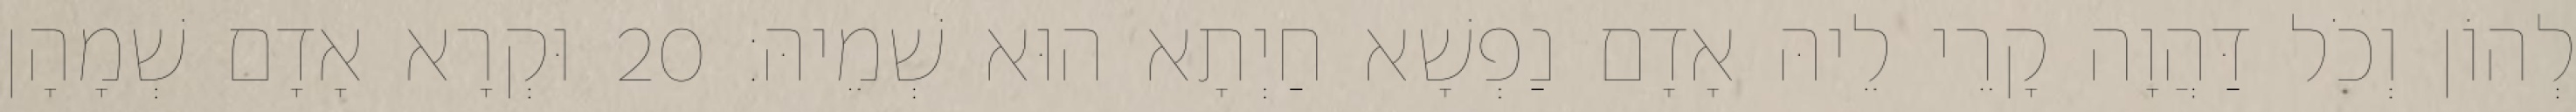
לְהוֹן וְכֹל דַּהֲוָה קָרֵי לֵיהּ אָדָם נַפְשָׁא חַיְתָא הוּא שְׁמֵיהּ׃ 20 וּקְרָא אָדָם שְׁמָהָן